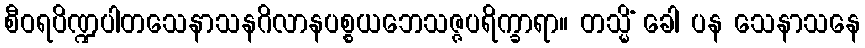
စီဝရပိဏ္ဍပါတသေနာသနဂိလာနပစ္စယဘေသဇ္ဇပရိက္ခာရာ။ တသ္မိံ ခေါ ပန သေနာသနေ